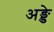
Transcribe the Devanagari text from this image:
अङ्डे